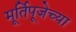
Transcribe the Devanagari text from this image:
मूर्तिपूजेच्या